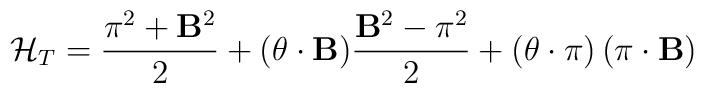
{\cal H}_T=\frac {{\bf \pi}^2+{\bf B}^2}{2}+({\bf \theta}\cdot{\bf B})\frac {{\bf B}^2-{\bf \pi}^2}{2} +\left({\bf \theta}\cdot{\bf \pi}\right)\left({\bf \pi}\cdot{\bf B}\right)